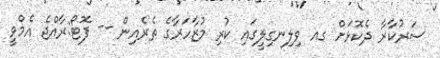
ސަރުކާރާ ދެކޮޅަށް ގއ ވިލިނގިލީގައި ކުރި މުޒާހަރާގެ ތެރެއިން -- ފޮޓޯ:ރާއްޖެ އެމްވީ